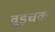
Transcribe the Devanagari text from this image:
वुड्चक